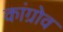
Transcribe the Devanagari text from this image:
कांग्रोव